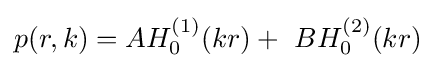
p(r,k)=AH_{0}^{(1)}(kr)+\ BH_{0}^{(2)}(kr)